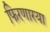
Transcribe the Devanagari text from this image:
फिरणारया